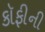
કૉફીની